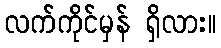
လက်ကိုင်မှန် ရှိလား။